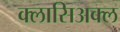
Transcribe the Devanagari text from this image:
क्लासिअक्ल